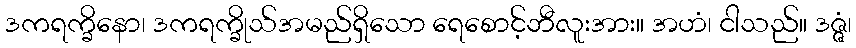
ဒကရက္ခိနော၊ ဒကရက္ခိုသ်အမည်ရှိသော ရေစောင့်ဘီလူးအား။ အဟံ၊ ငါသည်။ ဒဇ္ဇံ၊